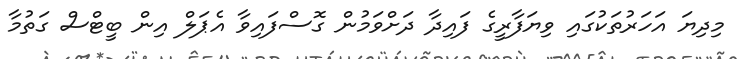
މިދިޔަ އަހަރުތަކުގައި ވިޔަފާރީގެ ފައިދާ ދަށްވަމުން ގޮސްފައިވާ އެޕަލް އިން ބީޓްސް ގަތުމާ